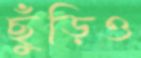
ছুঁড়িও